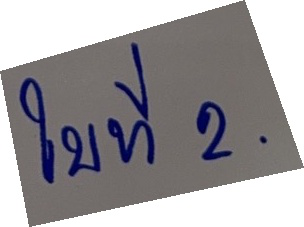
ใบที่ 2